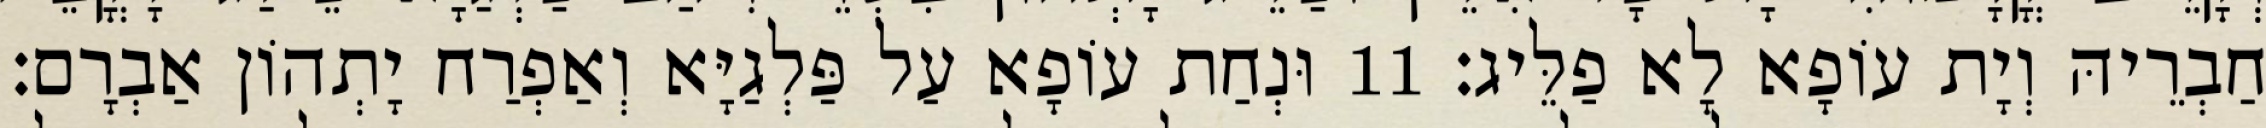
חַבְרֵיהּ וְיָת עוֹפָא לָא פַלֵּיג׃ 11 וּנְחַת עוֹפָא עַל פַּלְגַיָּא וְאַפְרַח יָתְהוֹן אַבְרָם׃